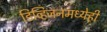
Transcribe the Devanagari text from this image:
डिव्हिजनमध्येही